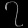
Digit: ၇